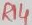
Text: R14